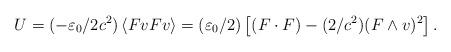
LaTeX: \begin{align*}U=(-\varepsilon _{0}/2c^{2})\left\langle FvFv\right\rangle =(\varepsilon_{0}/2)\left[ (F\cdot F)-(2/c^{2})(F\wedge v)^{2}\right] . \end{align*}